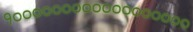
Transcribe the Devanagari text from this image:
१००००००००००००००००००